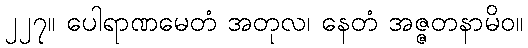
၂၂၇။ ပေါရာဏမေတံ အတုလ၊ နေတံ အဇ္ဇတနာမိဝ။